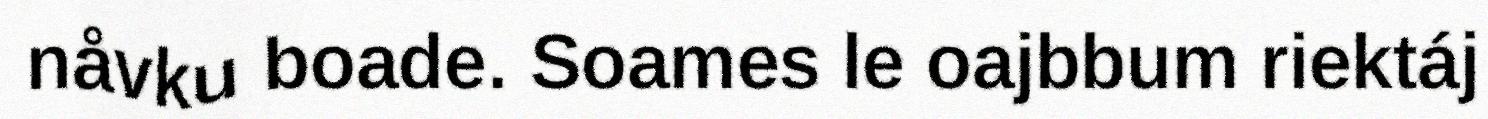
nåvku boade. Soames le oajbbum riektáj